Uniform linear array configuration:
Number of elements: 32
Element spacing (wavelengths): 0.25
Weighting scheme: cosine
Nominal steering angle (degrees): -60
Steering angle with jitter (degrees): -61.766
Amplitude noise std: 0.05
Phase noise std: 0.05

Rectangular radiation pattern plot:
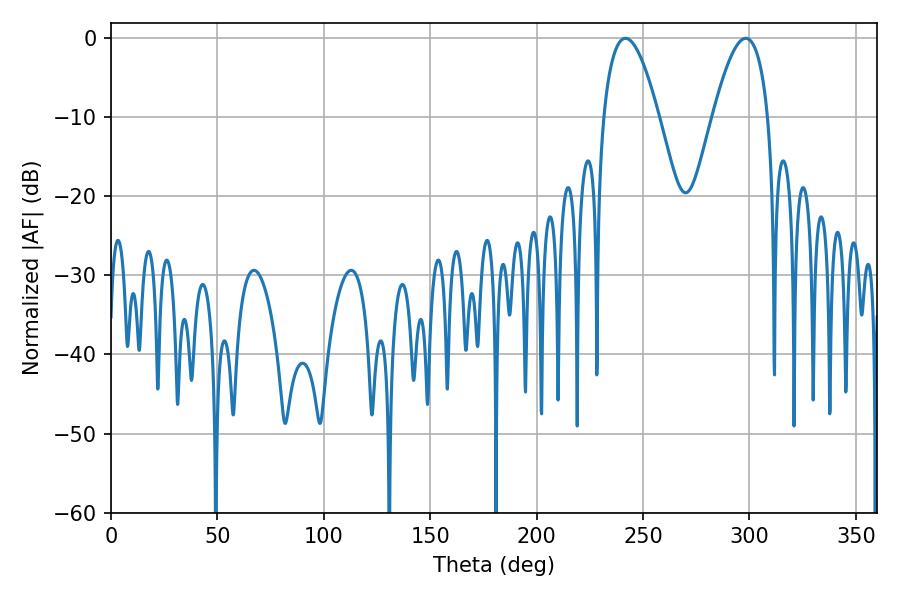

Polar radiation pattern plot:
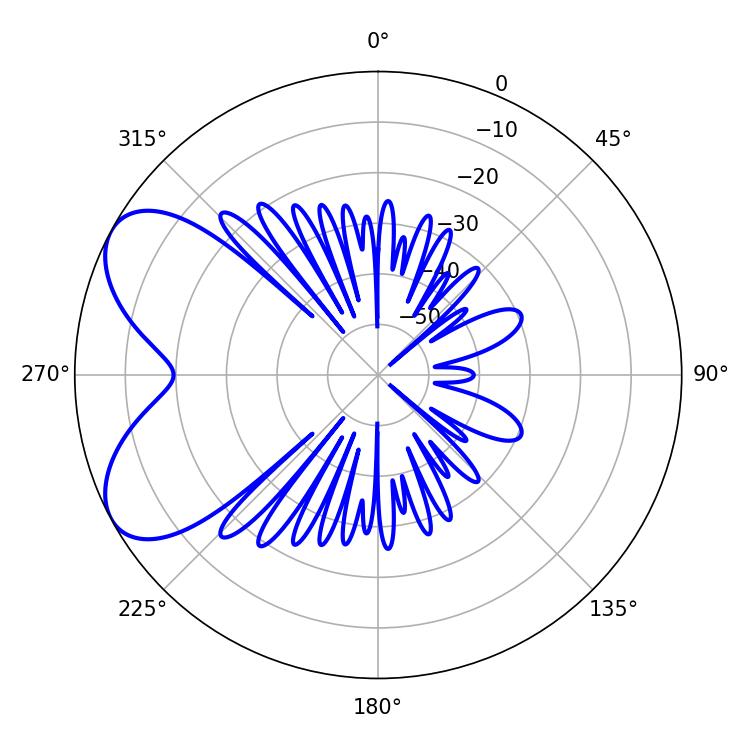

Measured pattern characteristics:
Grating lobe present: FALSE
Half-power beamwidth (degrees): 14.22
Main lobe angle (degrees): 241.74